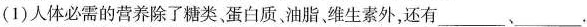
(1)人体必需的营养除了糖类、蛋白质、油脂、维生素外，还有___、___.